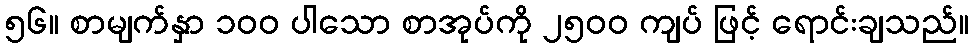
၅၆။ စာမျက်နှာ ၁၀၀ ပါသော စာအုပ်ကို ၂၅၀၀ ကျပ် ဖြင့် ရောင်းချသည်။